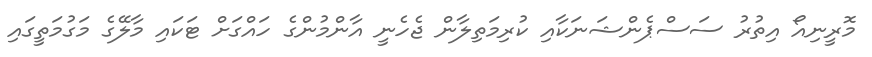
މޮރީނިއޯ އިތުރު ސަސްޕެންޝަނަކާއި ކުރިމަތިލާން ޖެހެނީ އާންމުންގެ ހައްގަށް ޓަކައި މާލޭގެ މަގުމަތީގައި